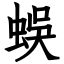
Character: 蜈